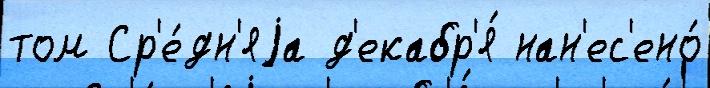
том Ср'е́дн'яjа д'екабр'я́ нан'ес'ено́